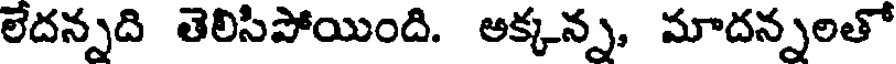
లేదన్నది తెలిసిపోయింది. అక్కన్న, మాదన్నలతో